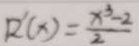
R ^ { \prime } ( x ) = \frac { x ^ { 3 } - 2 } { 2 }